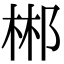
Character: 郴